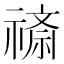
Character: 𬓖